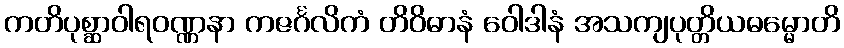
ကတိပုစ္ဆာဝါရဝဏ္ဏနာ ကဇင်္ဂလိကံ တိဝိဓာနံ ဝေါဒါနံ အသကျပုတ္တိယဓမ္မောတိ